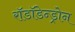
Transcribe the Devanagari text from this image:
रॉडॉडेन्ड्रोन